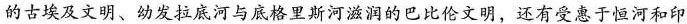
的古埃及文明、幼发拉底河与底格里斯河滋润的巴比伦文明,还有受惠于恒河和印